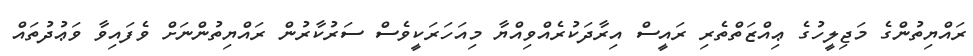
ރައްޔިތުންގެ މަޖިލީހުގެ ޢިއްޒަތްތެރި ރައީސް އިރާދަކުރެއްވިއްޔާ މިއަހަރަކީވެސް ސަރުކާރުން ރައްޔިތުންނަށް ވެފައިވާ ވަޢުދުތައް